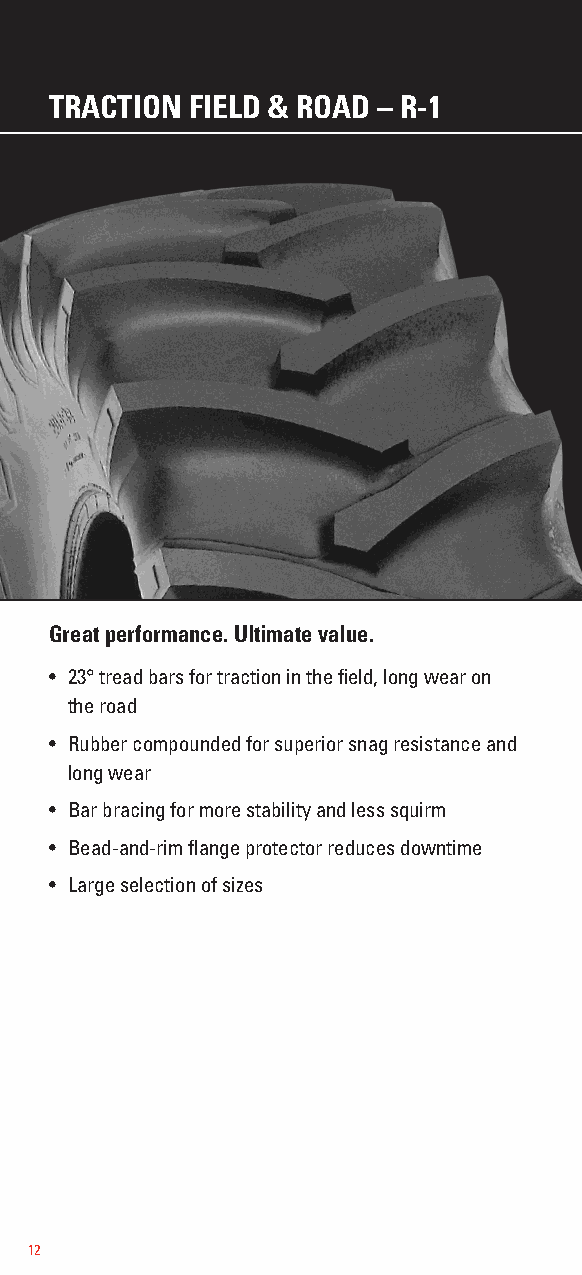
TRACTION  FIELD & ROAD – R-1
 Great performance. Ultimate value.
 • 23° tread bars for traction in the field, long wear on
 the road
 • Rubber compounded for superior snag resistance and
 long wear
 • Bar bracing for more stability and less squirm
 • Bead-and-rim flange protector reduces downtime
 • Large selection of sizes
 12